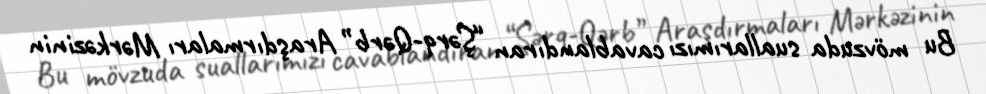
Bu mövzuda suallarımızı cavablandıran “Şərq-Qərb” Araşdırmaları Mərkəzinin